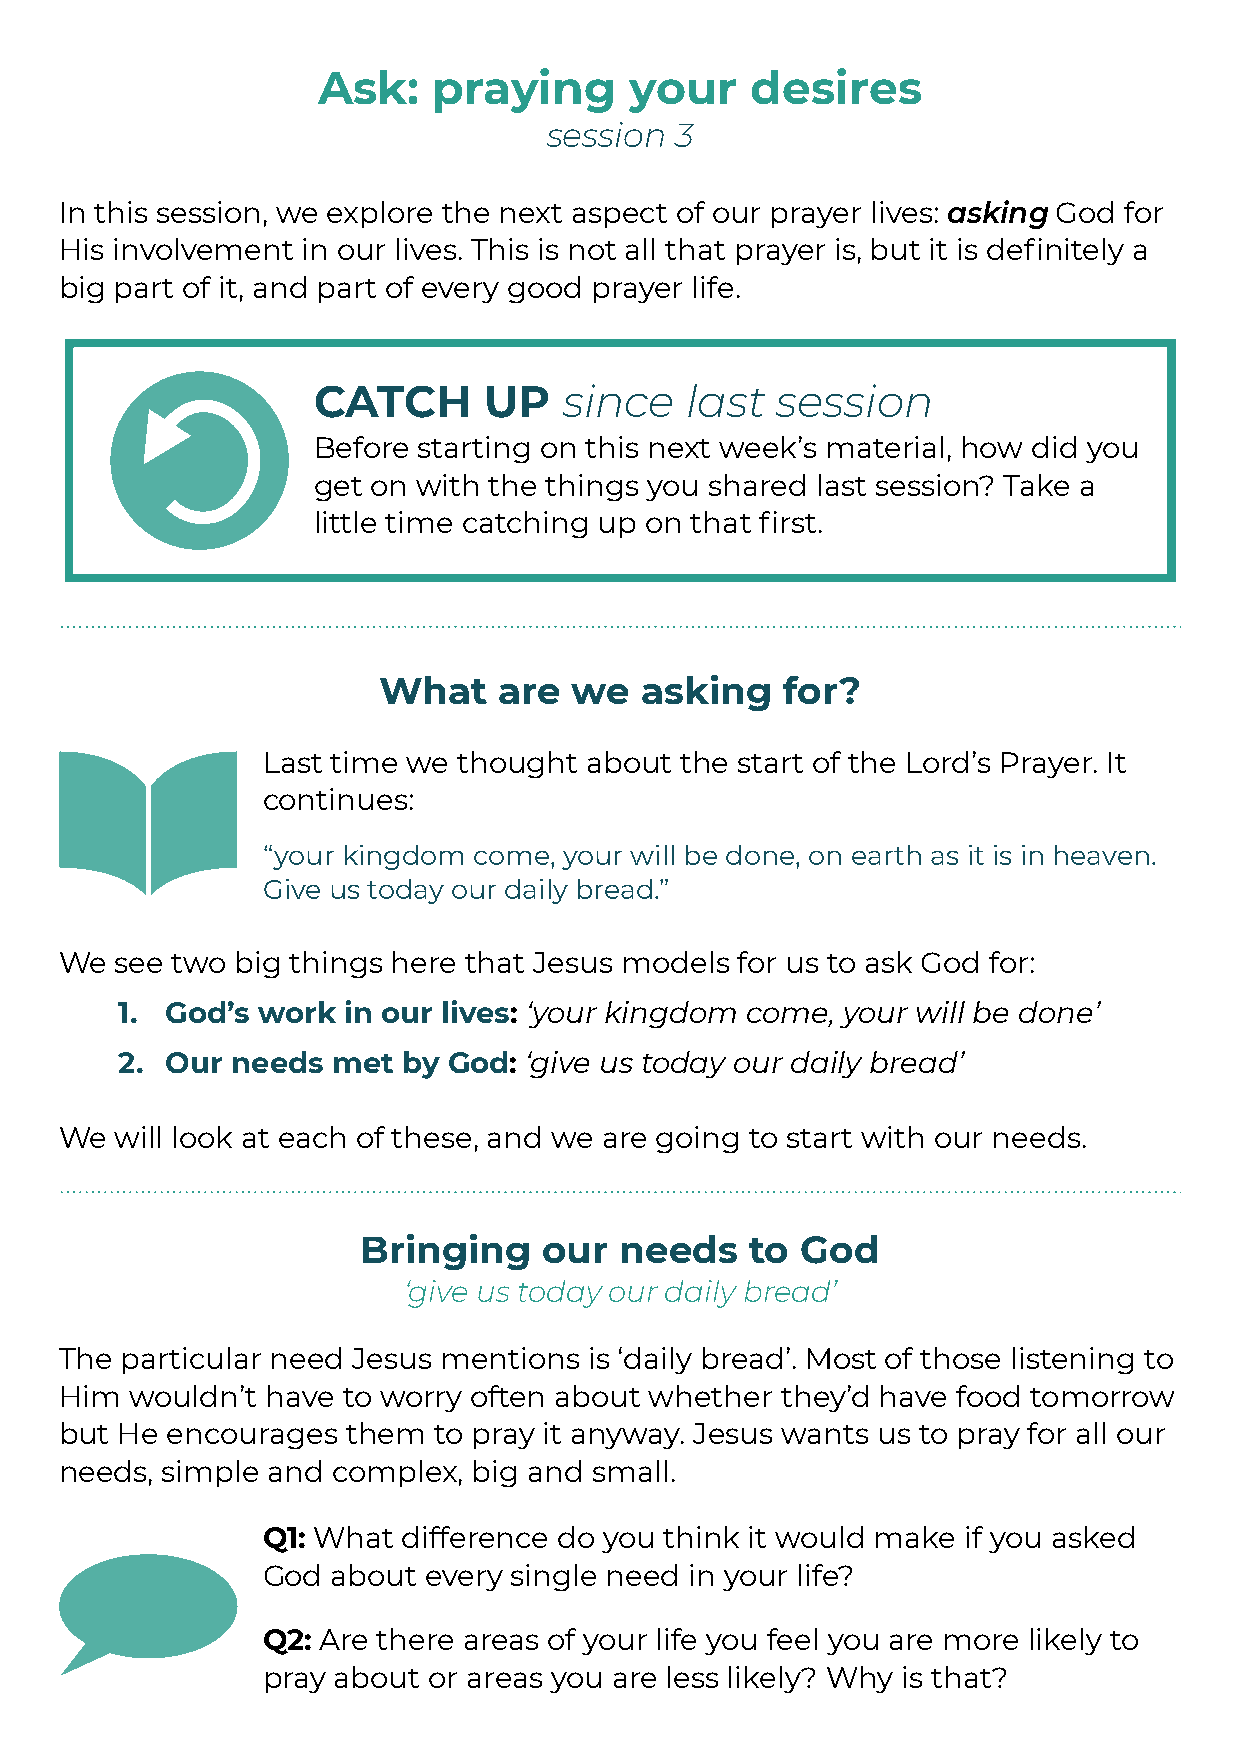
Ask:    praying      your    desires
 session  3
 In this session, we explore the next aspect of our prayer lives: asking God for
 His involvement in our lives. This is not all that prayer is, but it is definitely a
 big part of it, and part of every good prayer life.
 CATCH      UP   since   last  session
 Before starting on this next week’s material, how did you
 get on with the things you shared last session? Take a
 little time catching up on that first.
 What    are  we  asking    for?
 Last time we thought  about the start of the Lord’s Prayer. It
 continues:
 “your kingdom come, your will be done, on earth as it is in heaven.
 Give us today our daily bread.”
 We  see two big things here that Jesus models for us to ask God for:
 1. God’s work  in our lives: ‘your kingdom come, your will be done’
 2. Our needs  met  by God: ‘give us today our daily bread’
 We  will look at each of these, and we are going to start with our needs.
 Bringing    our  needs    to God
 ‘give us today our daily bread’
 The particular need Jesus mentions is ‘daily bread’. Most of those listening to
 Him  wouldn’t have to worry often about whether they’d have food tomorrow
 but He encourages  them  to pray it anyway. Jesus wants us to pray for all our
 needs, simple and complex, big and small.
 Q1: What  difference do you think it would make if you asked
 God  about every single need in your life?
 Q2: Are there areas of your life you feel you are more likely to
 pray about or areas you are less likely? Why is that?